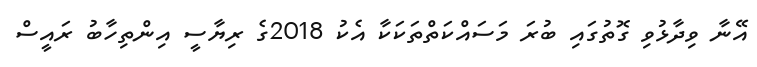
އޭނާ ވިދާޅުވި ގޮތުގައި ބުރަ މަސައްކަތްތަކަކާ އެކު 2018ގެ ރިޔާސީ އިންތިހާބު ރައީސް